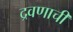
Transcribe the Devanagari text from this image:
द्रवणाची